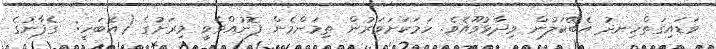
ވަޑައިގަތްހިނދު އެބޭކަލުން ވިދާޅުވޫއެވެ. ހަމަކަށަވަރުން ތިމަންމެން ފޮނުއްވެވީ މިރަށުގެ (އެބަހީ:  ގެފާނުގެ